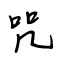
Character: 咒